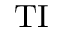
\mathrm { T I }